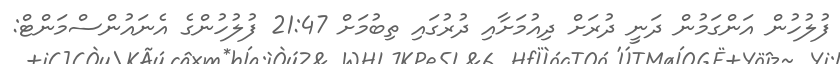
ފުލުހުން އަންގަމުން ދަނީ ދުރަށް ދިއުމަށާއި ދުރުގައި ތިބުމަށް 21:47 ފުލުހުންގެ އެނައުންސްމަންޓް: